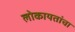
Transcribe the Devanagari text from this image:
लोकायतांचा